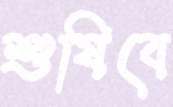
শুষিবে